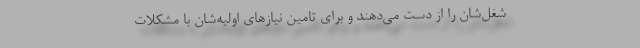
شغل‌شان را از دست می‌دهند و برای تامین نیازهای اولیه‌شان با مشکلات